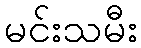
မင်းသမီး